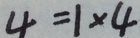
4 = 1 \times 4